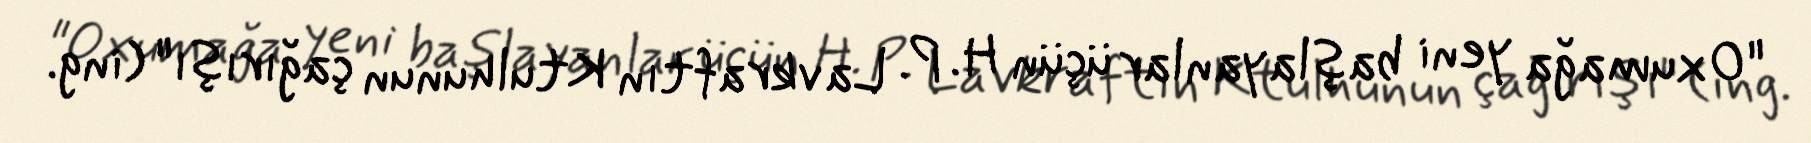
"Oxumağa yeni başlayanlar üçün H. P. Lavkraftın Ktulhunun çağırışı" (ing.